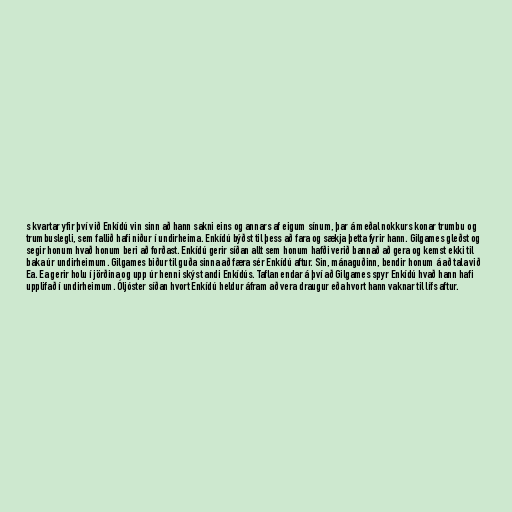
s kvartar yfir því við Enkídú vin sinn að hann sakni eins og annars af eigum sínum, þar á meðal nokkurs konar trumbu og
trumbuslegli, sem fallið hafi niður í undirheima. Enkídú býðst til þess að fara og sækja þetta fyrir hann. Gilgames gleðst og
segir honum hvað honum beri að forðast. Enkídú gerir síðan allt sem honum hafði verið bannað að gera og kemst ekki til
baka úr undirheimum. Gilgames biður til guða sinna að færa sér Enkídú aftur. Sin, mánaguðinn, bendir honum á að tala við
Ea. Ea gerir holu í jörðina og upp úr henni skýst andi Enkídús. Taflan endar á því að Gilgames spyr Enkídú hvað hann hafi
upplifað í undirheimum. Óljóster síðan hvort Enkídú heldur áfram að vera draugur eða hvort hann vaknar til lífs aftur.